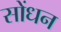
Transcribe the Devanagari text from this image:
सोंधन